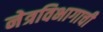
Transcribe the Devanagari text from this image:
नेत्रविभागाची